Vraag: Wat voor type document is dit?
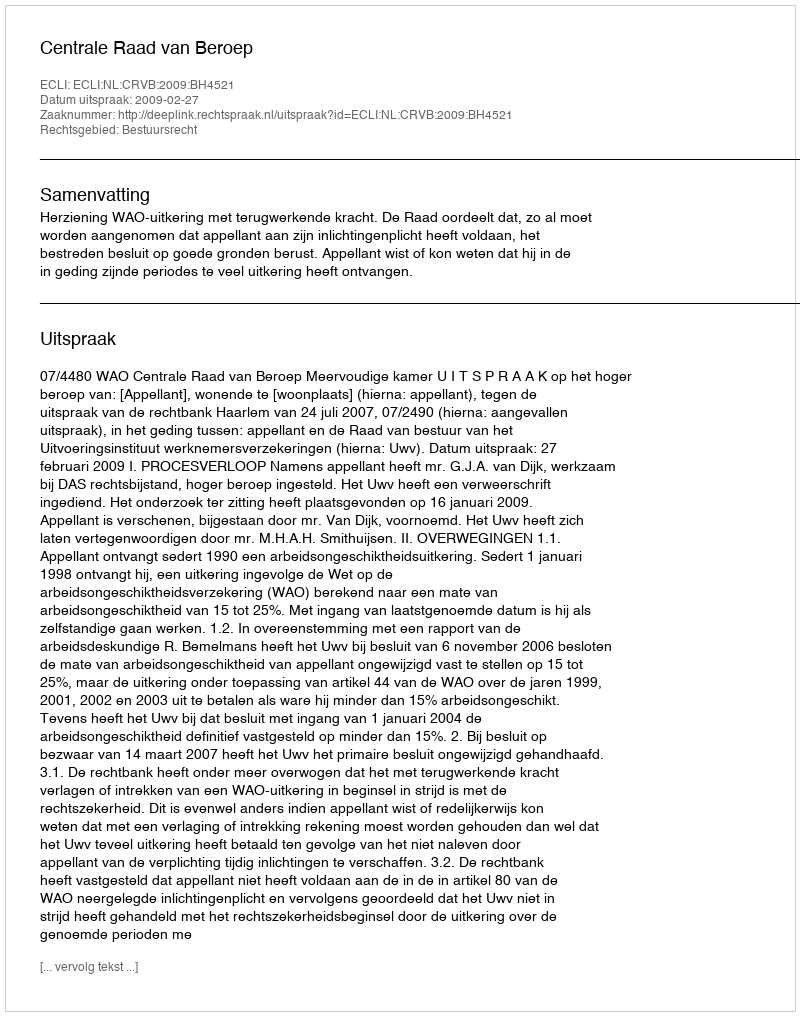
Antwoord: Uitspraak